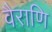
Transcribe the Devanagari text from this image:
वैराणि